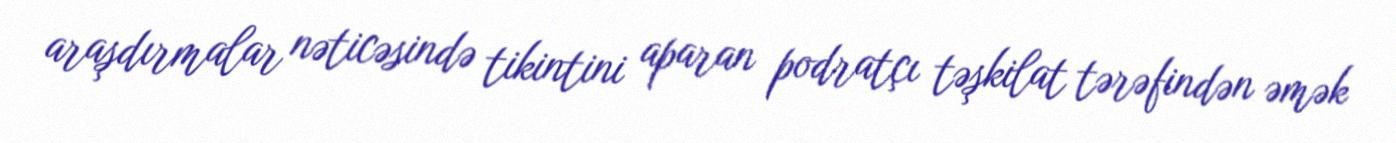
araşdırmalar nəticəsində tikintini aparan podratçı təşkilat tərəfindən əmək